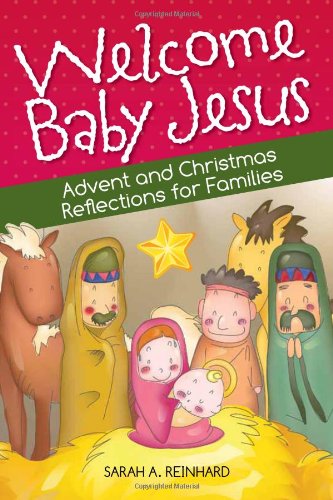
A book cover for Welcome Baby Jesus: Advent and Christmas Reflections for Families (English and English Edition); Sarah Reinhard; Christian Books & Bibles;